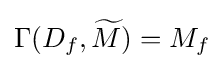
\Gamma (D_{f},{\widetilde {M}})=M_{f}